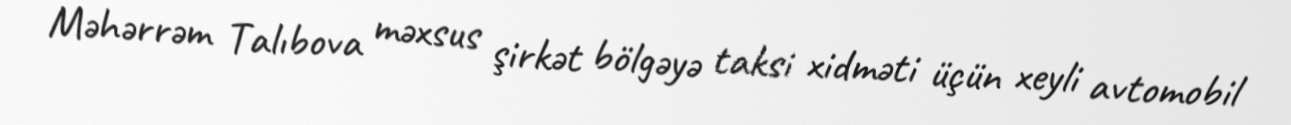
Məhərrəm Talıbova məxsus şirkət bölgəyə taksi xidməti üçün xeyli avtomobil